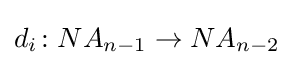
d_{i}\colon NA_{n-1}\to NA_{n-2}